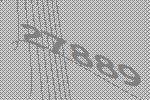
27889